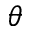
\theta